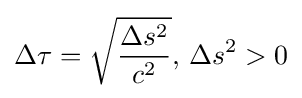
\Delta \tau ={\sqrt {\frac {\Delta s^{2}}{c^{2}}}},\,\Delta s^{2}>0